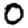
Digit: 0